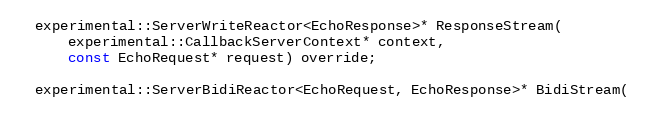
Language: C
  experimental::ServerWriteReactor<EchoResponse>* ResponseStream(
      experimental::CallbackServerContext* context,
      const EchoRequest* request) override;

  experimental::ServerBidiReactor<EchoRequest, EchoResponse>* BidiStream(